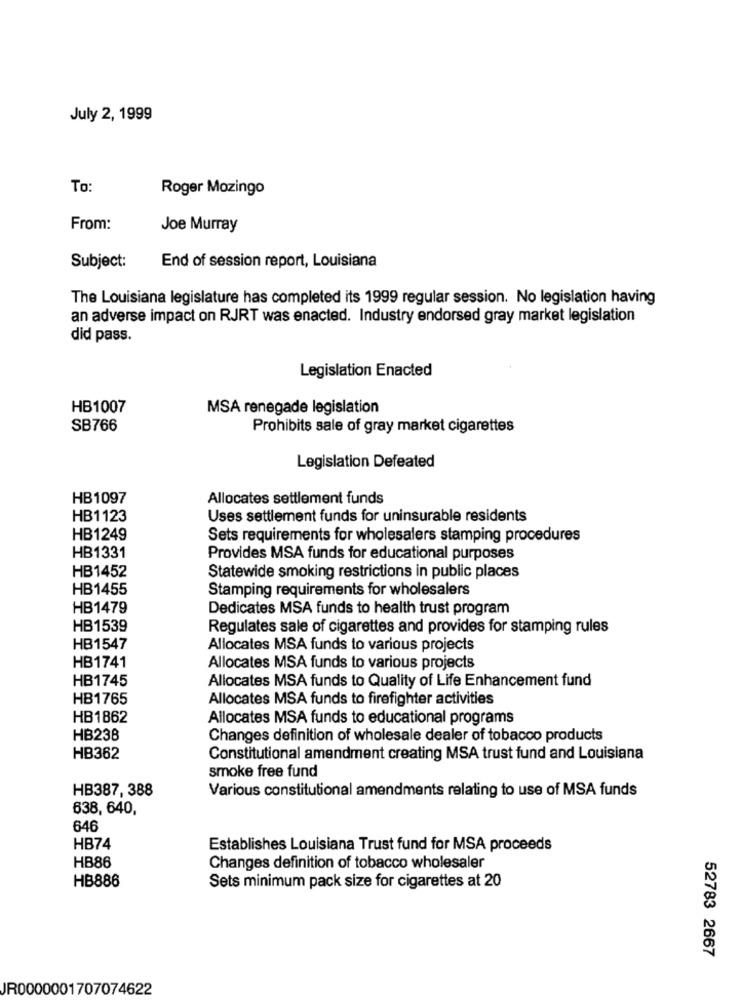
July 2, 1999
To:
Roger Mozingo
From:
Joe Murray
Subject:
End of session report, Louisiana
The Louisiana legislature has completed its 1999 regular session. No legislation having
an adverse impact on RJRT was enacted. Industry endorsed gray market legislation
did pass.
Legislation Enacted
HB1007
MSA renegade legislation
SB766
Prohibits sale of gray market cigarettes
Legislation Defeated
HB1097
Allocates settlement funds
HB1123
Uses settlement funds for uninsurable residents
HB1249
Sets requirements for wholesalers stamping procedures
HB1331
Provides MSA funds for educational purposes
HB1452
Statewide smoking restrictions in public places
HB1455
Stamping requirements for wholesalers
HB1479
Dedicates MSA funds to health trust program
HB1539
Regulates sale of cigarettes and provides for stamping rules
HB1547
Allocates MSA funds to various projects
HB1741
Allocates MSA funds to various projects
HB1745
Allocates MSA funds to Quality of Life Enhancement fund
HB1765
Allocates MSA funds to firefighter activities
HB1862
Allocates MSA funds to educational programs
HB238
Changes definition of wholesale dealer of tobacco products
HB362
Constitutional amendment creating MSA trust fund and Louisiana
smoke free fund
HB387, 388
Various constitutional amendments relating to use of MSA funds
638, 640,
646
HB74
Establishes Louisiana Trust fund for MSA proceeds
HB86
Changes definition of tobacco wholesaler
HB886
Sets minimum pack size for cigarettes at 20
52783 2667
JR0000001707074622